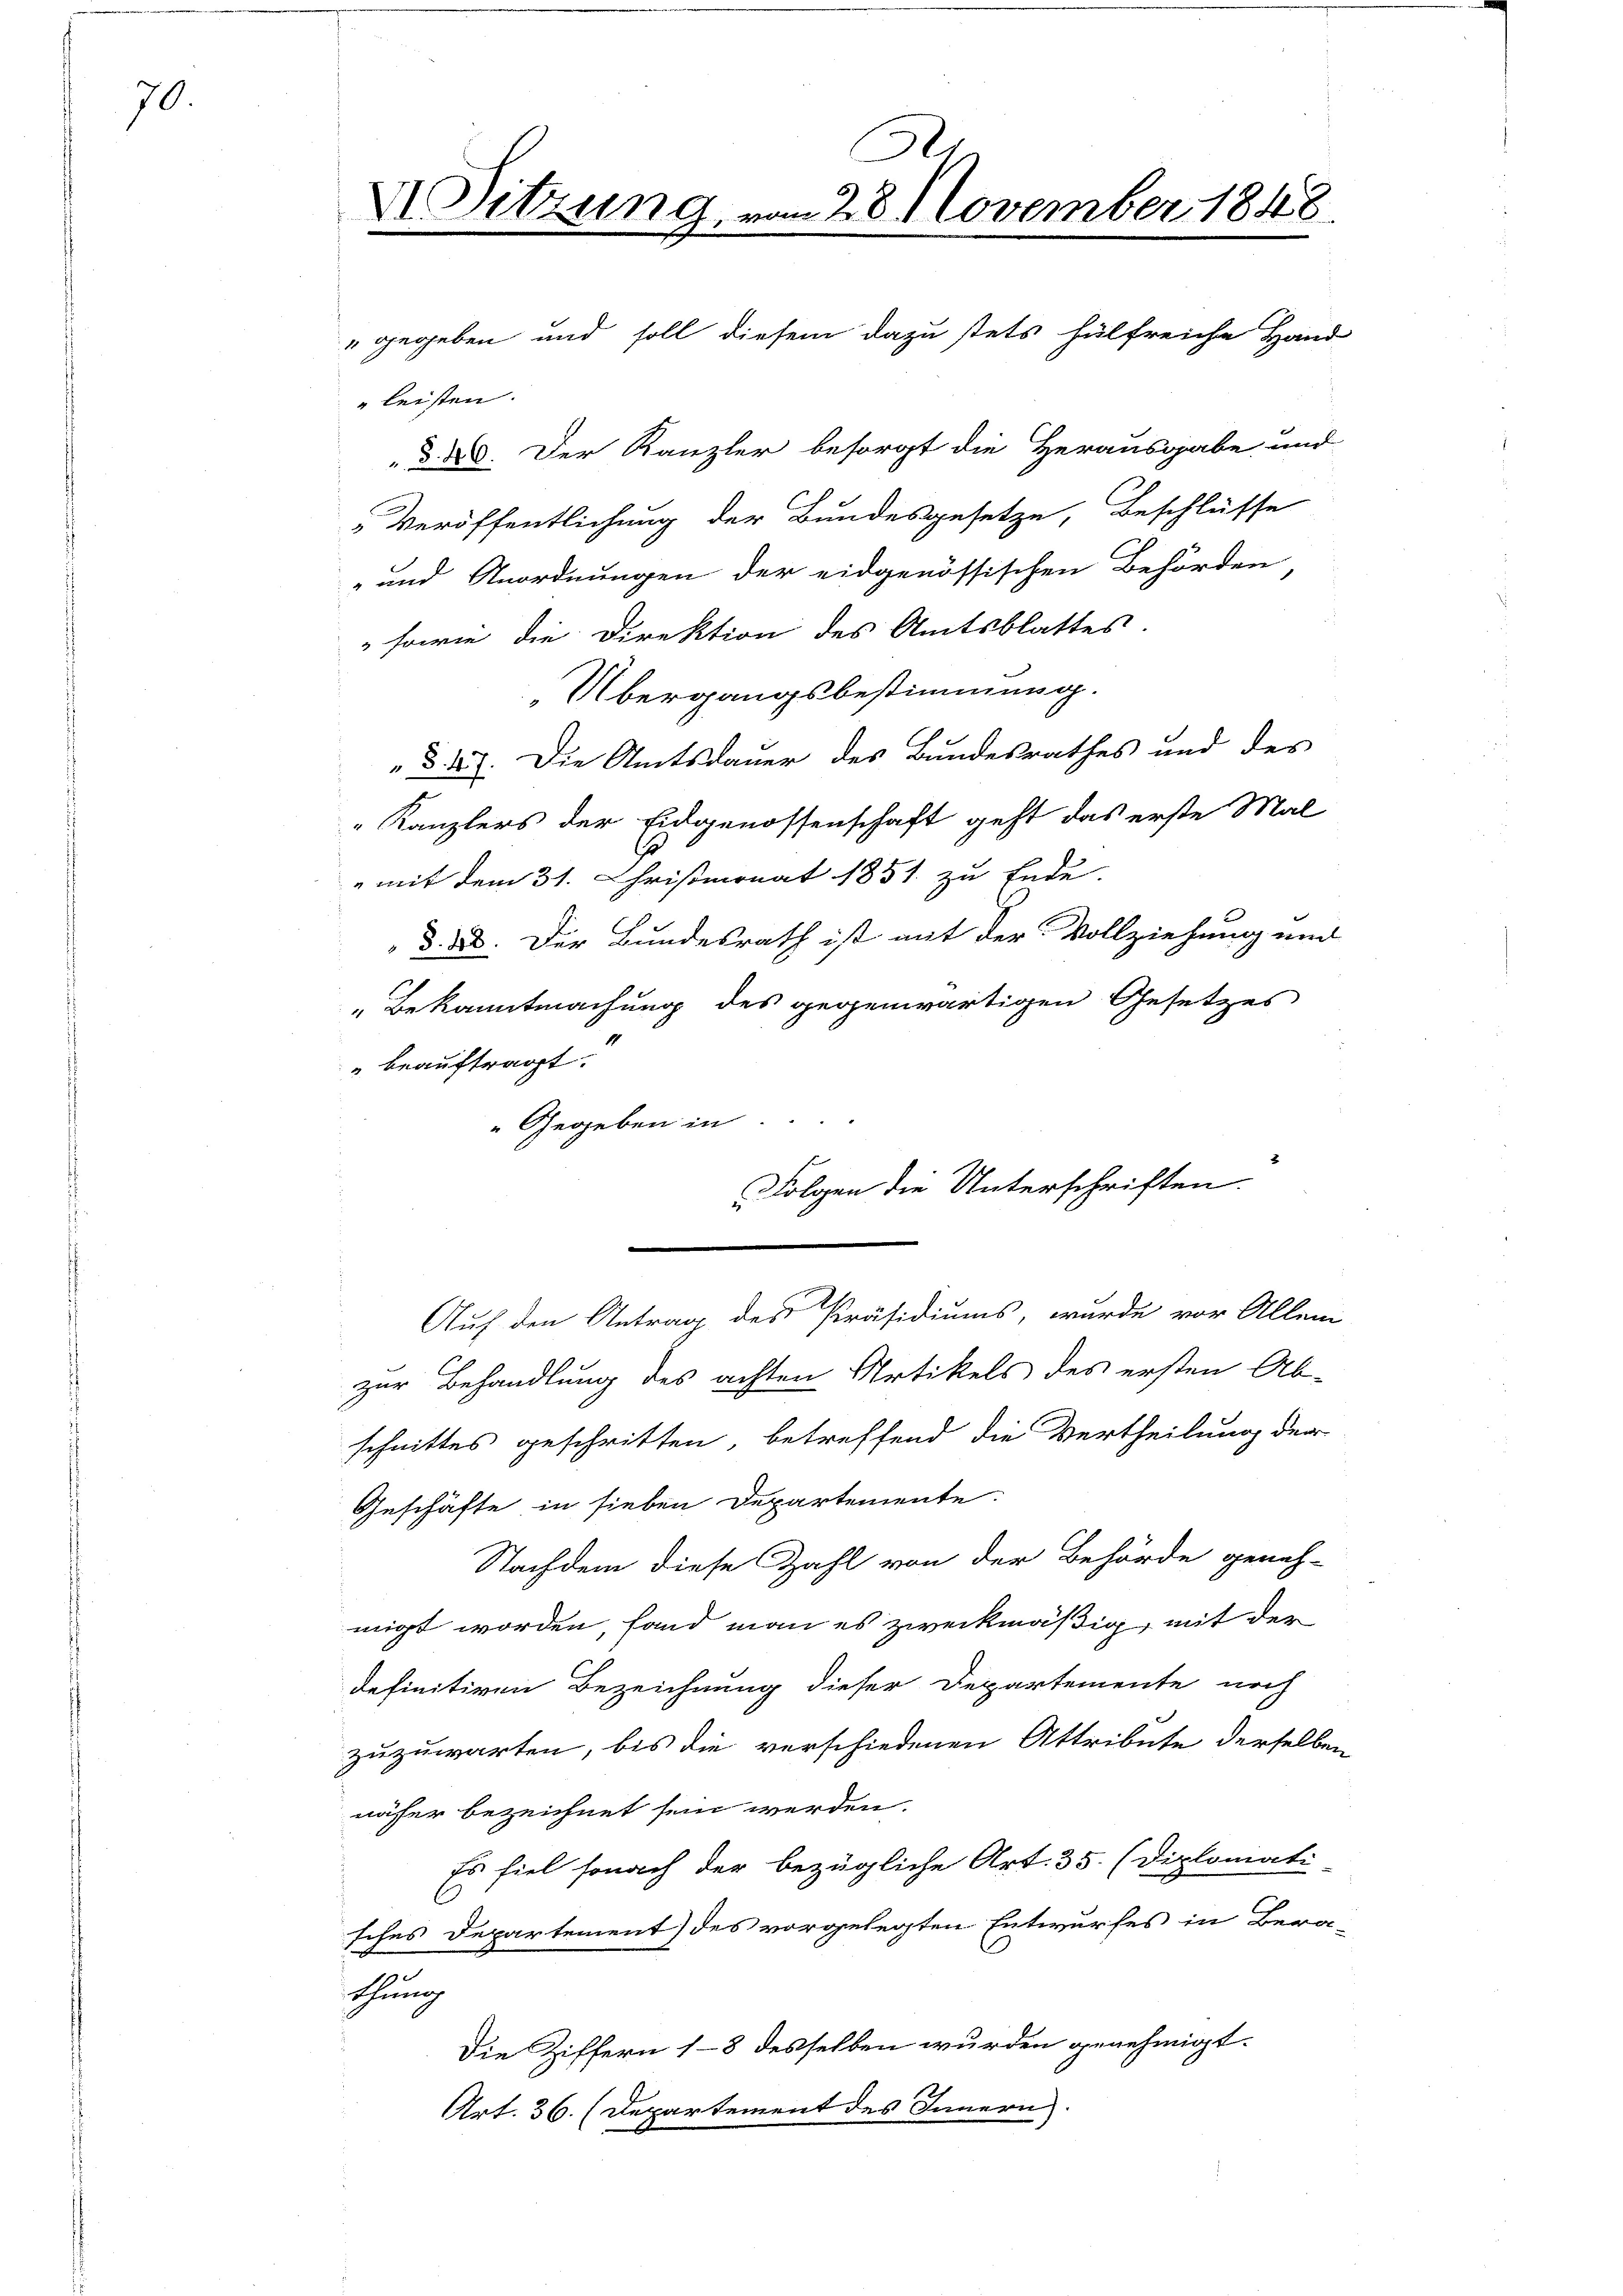
70

e
Sitzung, vom 28. November 1848.

Veröffentlichung der Bundesgesetze, Beschlüsse
-und Anordnungen der eidgenössischen Behörden,
 sowie die Direktion des Amtsblattes.
"Übergangsbestimmung.
§ 47. Die Amtsdauer des Bundesrathes und des
" Kanzlers der Eidgenossenschaft geht das erste Mal
" mit dem 31. Christmonat 1851 zu Ende.
d. ad. Der Bundesrath ist mit der Vollziehung und
" Bekanntmachung des gegenwärtigen Gesetzes.
" beauftragt.
Gegeben in

" gegeben und soll diesem dazu stets hülfreiche Hand
leisten.
§. 8. Der Kanzler besorgt die Herausgabe und

Folgen die Unterschriften.

Auf den Antrag des Präsidiums, wurde vor Allem
zur Behandlung des achten Artikels des ersten Ab-
schnittes geschritten, betreffend die Vertheilung der
Geschäfte in sieben Departemente.
Nachdem diese Zahl von der Behörde geneh-
migt worden, fand man es zweckmäßig, mit der
definitiven Bezeichnung dieser Departemente noch
zuzuwarten, bis die verschiedenen Attribute derselben
näher bezeichnet sein werden.
Es fiel sonach der bezügliche Art. 35. (Diplomati
sches Departement) des vorgelegten Entwurfes in Bera-
ehung
Die Ziffern 18 desselben wurden genehmigt.
Art. 36. (Departement des Innern.